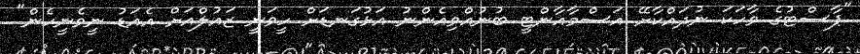
"ޕާސްޓުގެ ވާހަކަ ނުދައްކާށޭ އަސްމާއާންޓީ ބުނުއްވިއެންނު އަޅުގަނޑަށް ހީވަނީ ޒައުލްއަށް އެއަޑު ނީވެނީހެން"